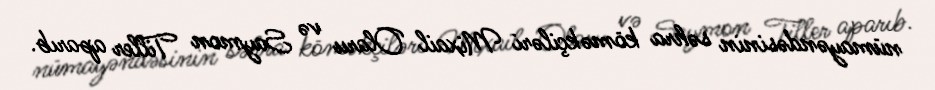
nümayəndəsinin səhra köməkçiləri Mixail Olaru və Saymon Tiller aparıb.